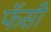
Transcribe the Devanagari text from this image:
फॅसी